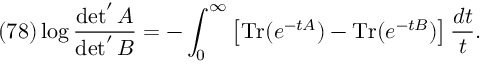
( 7 8 ) \log \frac { \operatorname * { d e t } ^ { \prime } A } { \operatorname * { d e t } ^ { \prime } B } = - \int _ { 0 } ^ { \infty } \left[ \mathrm { T r } ( e ^ { - t A } ) - \mathrm { T r } ( e ^ { - t B } ) \right] \frac { d t } { t } .